system: You are a helpful assistant.
user:
Analyze the provided spectrum to determine if it is a **S-type Star**.

- **Key Indicators for S-type Star:**

    - **(Overall Spectrum Shape):** The first and most obvious characteristic is the overall continuum (the "baseline" shape). It is **extremely "red-sloping,"** meaning the flux (light intensity) is very low on the left side (blue, ~4000-4500 Å) and rises steeply and continuously toward the right side (red, ~7000 Å+).

    - **(Primary):** The spectrum is defined by the presence of strong, broad molecular absorption "valleys" (bands) from **Zirconium Oxide (ZrO)**. The identification of these bands is the **primary requirement** for classifying a star as S-type.
        - **(Key Bandheads):** You must find distinct, deep "dips" where the light has been absorbed. The most critical band systems to locate are:
            - **~6474 Å** ($\gamma$-system): This is often the strongest and clearest ZrO feature, found in the red part of the spectrum.
            - **~5718 Å** & **~5551 Å** ($\beta$-system): A pair of prominent absorption features in the yellow-orange part of the spectrum.
            - **~4640 Å** ($\alpha$-system): A key absorption band system in the blue-green region of the spectrum.

    - **(Secondary Confirmation):** The classification is strengthened by finding additional absorption bands from other related heavy element oxides, which are expected to be present alongside ZrO.
        - **(Key Bandheads):**
            - **Yttrium Oxide (YO):** Look for absorption dips near **~4800 Å** and **~6100 Å**.
            - **Lanthanum Oxide (LaO):** Additional absorption features, particularly in the red-orange part of the spectrum, are also characteristic.

    - **(Line Profile):** The combination of the steep red continuum and these numerous, deep molecular bands (ZrO, YO, etc.) gives the entire spectrum a very **"chopped-up"** or **"bumpy"** appearance. Instead of a smooth curve, the spectrum looks as though large, wide chunks of light have been "carved out" of it at the specific wavelengths listed above.

Think first, call **spectral_visualization_tool** if needed to examine features in detail, then provide your final answer. Your response must adhere to the following strict rules:
1.  **Overall Structure:** Your response must follow the format `<think>...</think> <tool_call>...</tool_call> (if a tool is used) <answer>...</answer>`.
2.  **Tool Usage Constraint:** You may only make **one** tool call per turn.
3.  **Final Answer Format:** In the `<answer>` tag, your conclusion must be inside a `\boxed{}` command (e.g., `\boxed{YES}` or `\boxed{NO}`), followed by your justification.

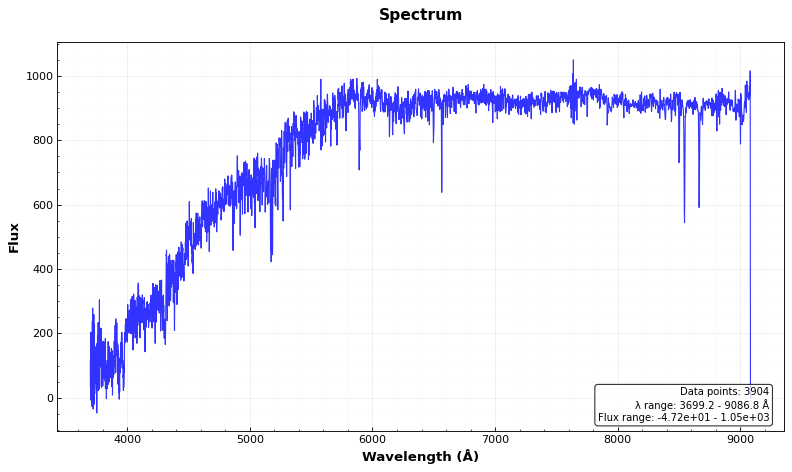
Answer: NO